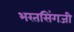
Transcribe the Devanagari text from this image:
भरतसिंगजी